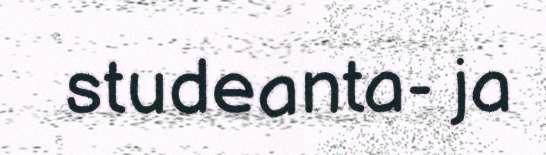
studeanta- ja